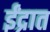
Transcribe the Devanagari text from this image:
ईंद्रात